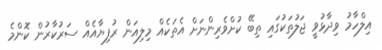
އިލްހާމު ވިދާޅުވީ ޖަލުތަކުގައި ތިބޭ ކުށްވެރިންނަށް އެތަކެއް މިލިއަން ރުފިޔާއެއް ސަރުކާރުން ކޮންމެ